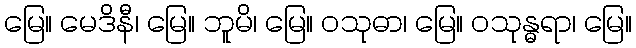
မြေ။ မေဒိနီ၊ မြေ။ ဘူမိ၊ မြေ။ ဝသုဓာ၊ မြေ။ ဝသုန္ဓရာ၊ မြေ။